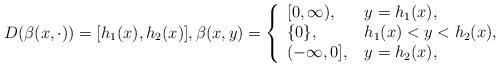
LaTeX: \begin{align*} D(\beta(x,\cdot))=[h_1(x),h_2(x)],\beta(x,y)=\left\{\begin{array}{ll} [0,\infty),\quad& y=h_1(x),\\\{0\},& h_1(x)<y<h_2(x),\\(-\infty,0],& y=h_2(x),\end{array}\right.\end{align*}